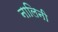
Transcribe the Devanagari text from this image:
नालिनी